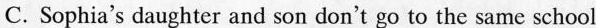
C. Sophia's daughter and son don't go to the same school